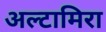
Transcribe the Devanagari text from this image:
अल्टामिरा